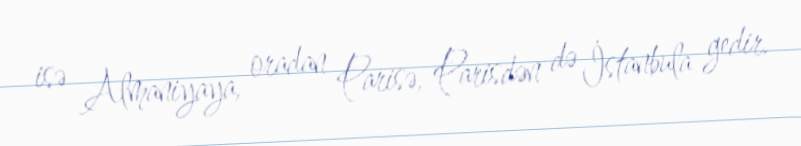
isə Almaniyaya, oradan Parisə, Parisdən də İstanbula gedir.